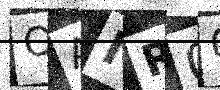
Text: OAIR00